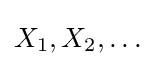
X_{1},X_{2},\ldots